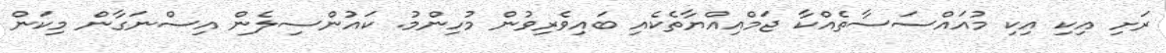
ރަށި އިކި އިކި މުއައްސަސާތެއްކާ ޖަމްއިއްޔާތެކެއި ބައިވެރިވުން މުހިންމު. ކައުންސިލެން އިސްނަގާން މިކަން